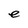
Character: e